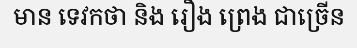
មាន ទេវកថា និង រឿង ព្រេង ជាច្រើន